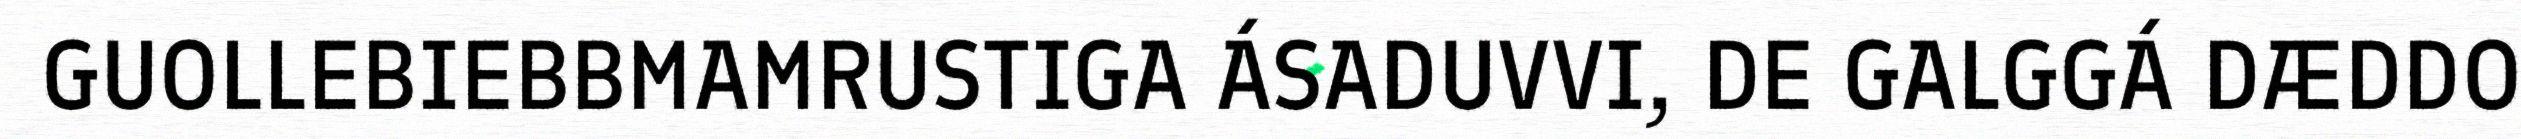
GUOLLEBIEBBMAMRUSTIGA ÁSADUVVI, DE GALGGÁ DÆDDO